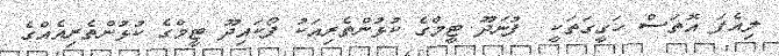
ލިއެފަ އޮތަސް ހަގީގަތަކީ  ފުނަދޫ ޓީމްގެ ކުޅުންތެރިއަކު ފޯކައިދޫ ޓީމްގެ ކުޅުންތެރިއެއްގެ